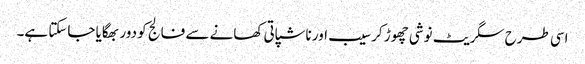
اسی طرح سگریٹ نوشی چھوڑ کر سیب اور ناشپاتی کھانے سے فالج کو دور بھگایا جاسکتا ہے۔